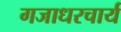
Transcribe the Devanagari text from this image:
गजाधरचार्य